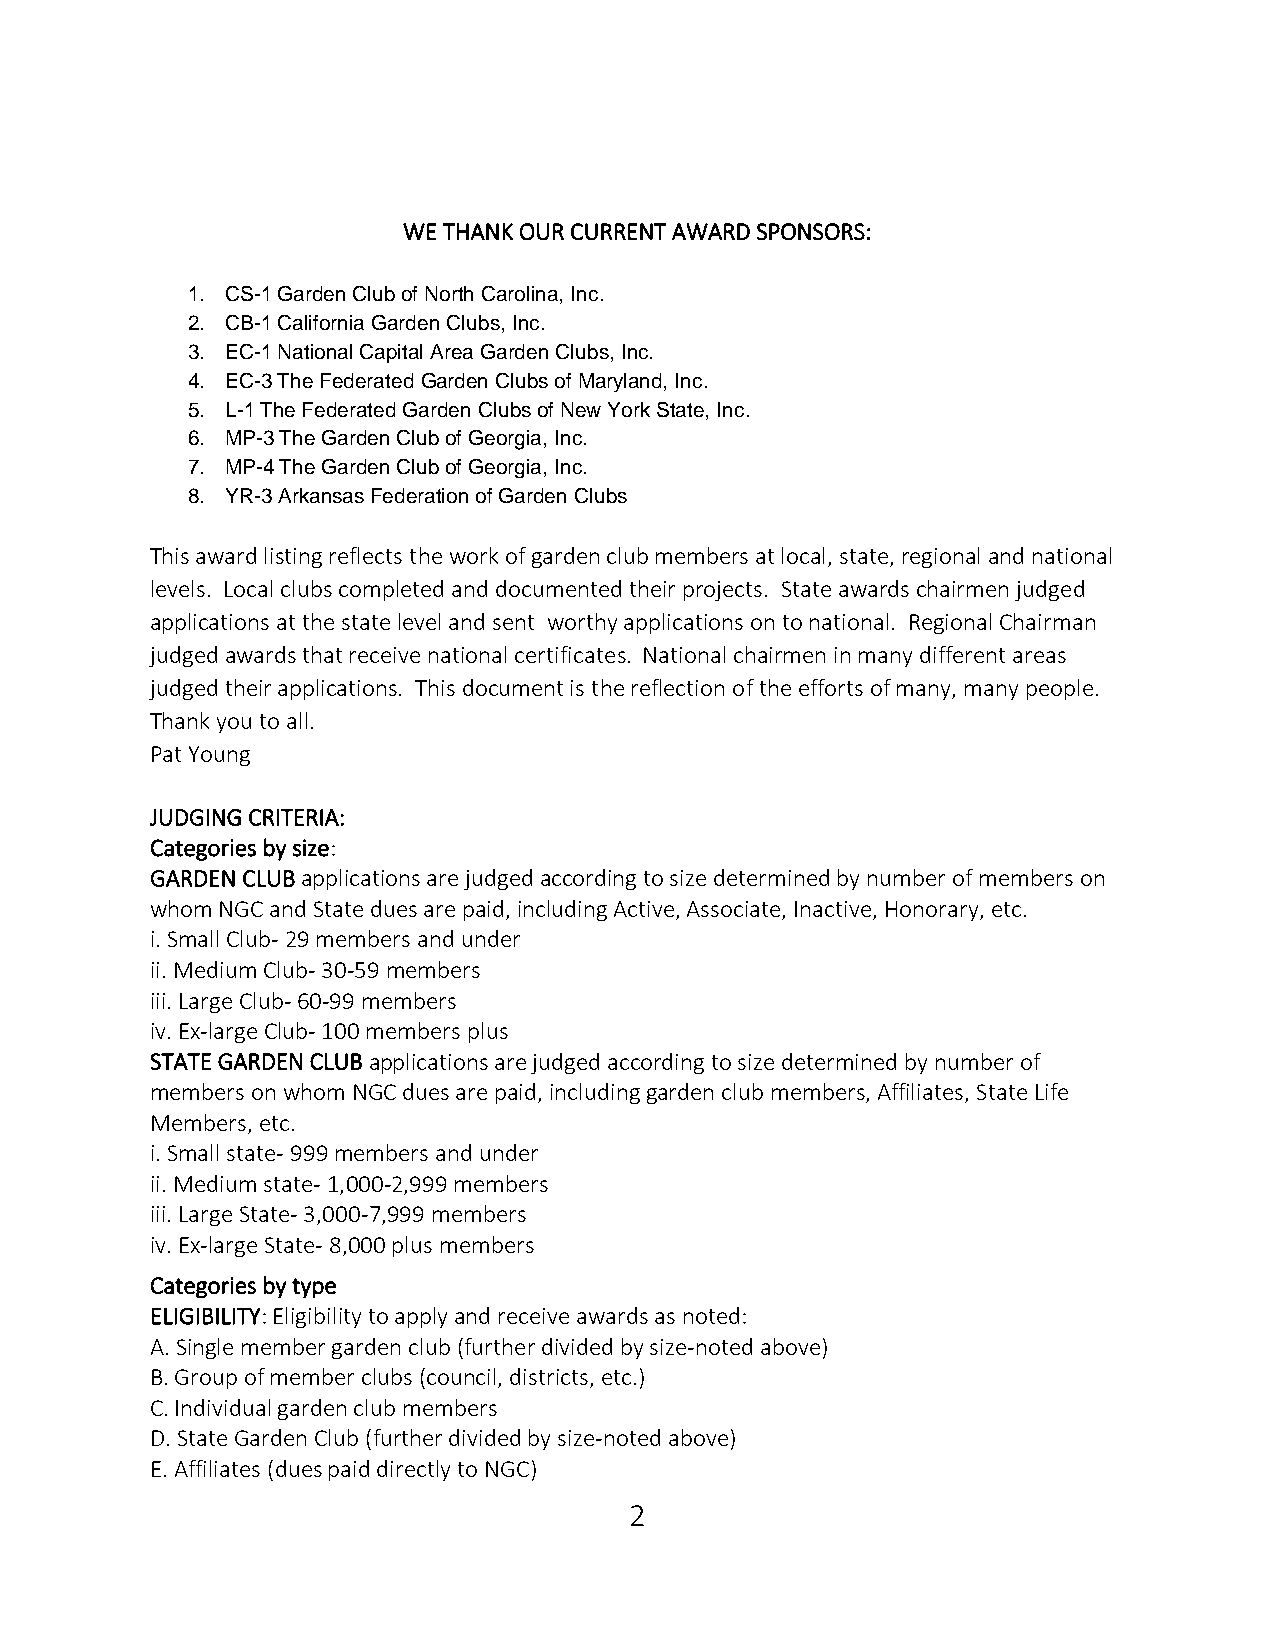
WE THANK OUR CURRENT AWARD SPONSORS:
 1. CS-1 Garden Club of North Carolina, Inc.
 2. CB-1 California Garden Clubs, Inc.
 3. EC-1 National Capital Area Garden Clubs, Inc.
 4. EC-3 The Federated Garden Clubs of Maryland, Inc.
 5. L-1 The Federated Garden Clubs of New York State, Inc.
 6. MP-3 The Garden Club of Georgia, Inc.
 7. MP-4 The Garden Club of Georgia, Inc.
 8. YR-3 Arkansas Federation of Garden Clubs
 This award listing reflects the work of garden club members at local, state, regional and national
 levels. Local clubs completed and documented their projects. State awards chairmen judged
 applications at the state level and sent worthy applications on to national. Regional Chairman
 judged awards that receive national certificates. National chairmen in many different areas
 judged their applications. This document is the reflection of the efforts of many, many people.
 Thank you to all.
 Pat Young
 JUDGING CRITERIA:
 Categories by size:
 GARDEN CLUB applications are judged according to size determined by number of members on
 whom NGC and State dues are paid, including Active, Associate, Inactive, Honorary, etc.
 i. Small Club‐ 29 members and under
 ii. Medium Club‐ 30‐59 members
 iii. Large Club‐ 60‐99 members
 iv. Ex‐large Club‐ 100 members plus
 STATE GARDEN CLUB applications are judged according to size determined by number of
 members on whom NGC dues are paid, including garden club members, Affiliates, State Life
 Members, etc.
 i. Small state‐ 999 members and under
 ii. Medium state‐ 1,000‐2,999 members
 iii. Large State‐ 3,000‐7,999 members
 iv. Ex‐large State‐ 8,000 plus members
 Categories by type
 ELIGIBILITY: Eligibility to apply and receive awards as noted:
 A. Single member garden club (further divided by size‐noted above)
 B. Group of member clubs (council, districts, etc.)
 C. Individual garden club members
 D. State Garden Club (further divided by size‐noted above)
 E. Affiliates (dues paid directly to NGC)
 2